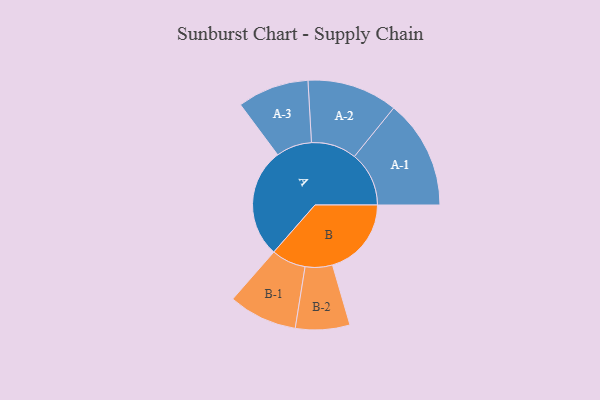
{"axis": {"x": "Segment", "y": "Value"}, "legend": ["", "A", "B"], "data": [{"x": "A", "y": 471, "type": ""}, {"x": "B", "y": 340, "type": ""}, {"x": "A-1", "y": 235, "type": "A"}, {"x": "A-2", "y": 195, "type": "A"}, {"x": "A-3", "y": 154, "type": "A"}, {"x": "B-1", "y": 148, "type": "B"}, {"x": "B-2", "y": 117, "type": "B"}]}